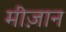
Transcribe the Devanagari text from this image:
मीज़ान